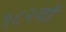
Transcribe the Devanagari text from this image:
१८२वॉ